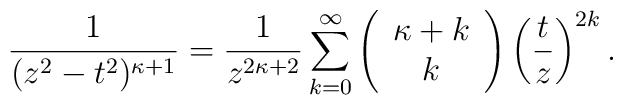
\frac{1}{(z^2 - t^2)^{\kappa+1}} = \frac{1}{z^{2\kappa+2}}\sum_{k=0}^\infty  \left(\begin{array}{c} \kappa + k \\  k\end{array}\right)\left(\frac{t}{z}\right)^{2k}.